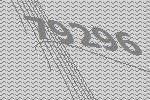
79296